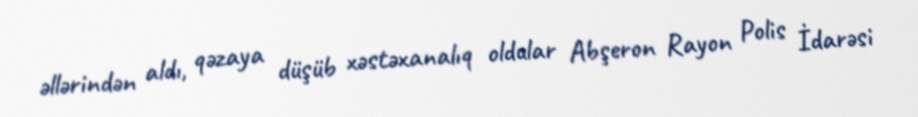
əllərindən aldı, qəzaya düşüb xəstəxanalıq oldular Abşeron Rayon Polis İdarəsi